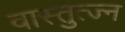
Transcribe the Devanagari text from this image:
वास्तुत्ज्न